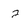
Character: 2